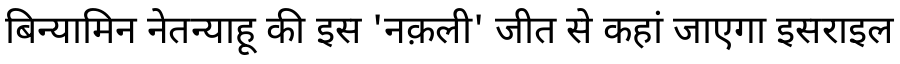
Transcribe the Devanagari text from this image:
बिन्यामिन नेतन्याहू की इस 'नक़ली' जीत से कहां जाएगा इसराइल